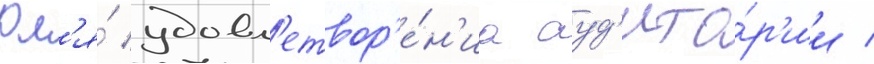
Дл'я́ удовл'етвор'е́н'иа ауд'ито́р'ии /